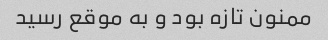
ممنون تازه بود و به موقع رسید